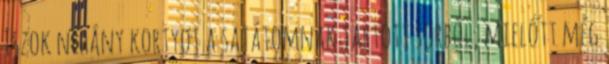
Iszok néhány kortyot a sajátomnak tartott sörből, mielőtt még